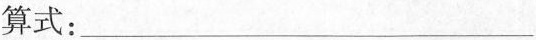
算式：___